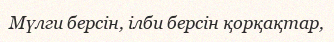
Мүлги берсін, ілби берсін қорқақтар,